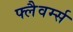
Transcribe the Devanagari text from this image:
फ्लैवर्म्स